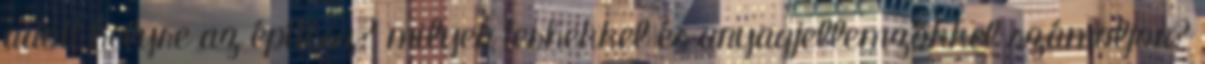
adott helyre az építész? milyen terhekkel és anyagjellemzőkkel számoljon?